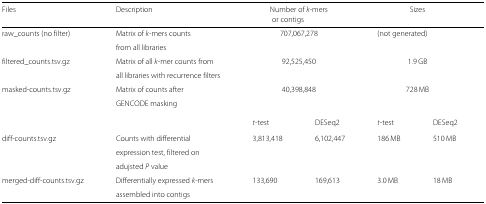
| Files | Description | <COLSPAN=2> Number of k-mers | <COLSPAN=3> Sizes |
 |  |  | <COLSPAN=5> or contigs |
 | --- | --- | --- | --- | --- | --- | --- |
 | raw_counts (no filter) | Matrix of k-mers counts | <COLSPAN=2> 707,067,278 | <COLSPAN=3> (not generated) |
 |  | <COLSPAN=6> from all libraries |
 | filtered_counts.tsv.gz | Matrix of all k-mer counts from | <COLSPAN=2> 92,525,450 | <COLSPAN=3> 1.9 GB |
 |  | <COLSPAN=6> all libraries with recurrence filters |
 | masked-counts.tsv.gz | Matrix of counts after | <COLSPAN=2> 40,398,848 | <COLSPAN=3> 728 MB |
 |  | <COLSPAN=6> GENCODE masking |
 |  |  | t-test | DESeq2 | t-test | <COLSPAN=2> DESeq2 |
 | diff-counts.tsv.gz | Counts with differential | 3,813,418 | 6,102,447 | 186 MB | <COLSPAN=2> 510 MB |
 |  | expression test, filtered on | <COLSPAN=5>  |
 |  | adujsted P value | <COLSPAN=5>  |
 | merged-diff-counts.tsv.gz | Differentially expressed k-mers | 133,690 | 169,613 | 3.0 MB | <COLSPAN=2> 18 MB |
 |  | assembled into contigs | <COLSPAN=5>  |